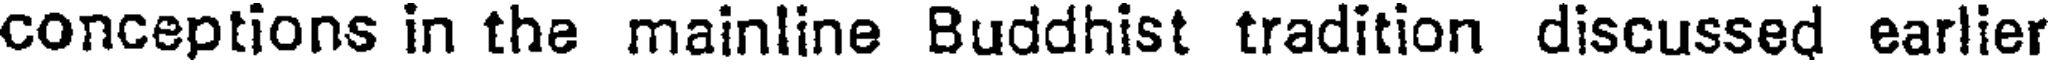
conceptions in the mainline Buddhist tradition discussed earlier